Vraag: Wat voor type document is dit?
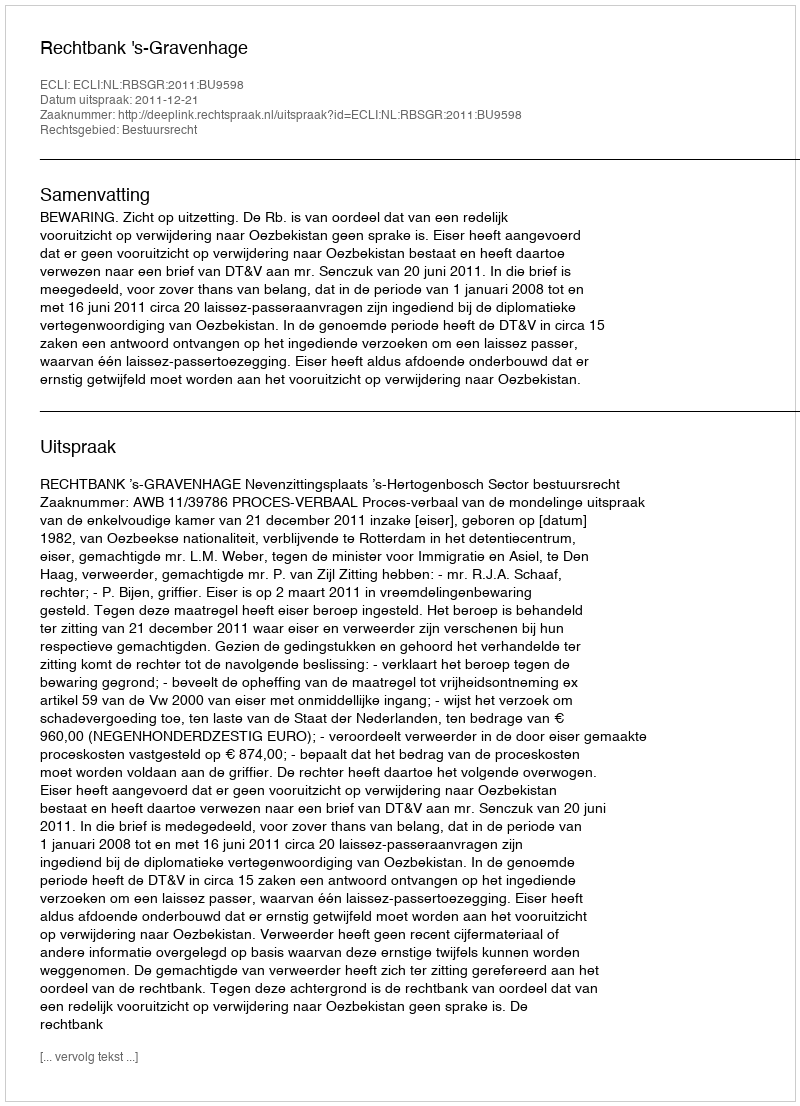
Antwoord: Uitspraak